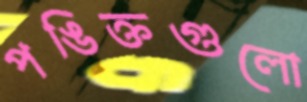
পঙিক্তগুলো